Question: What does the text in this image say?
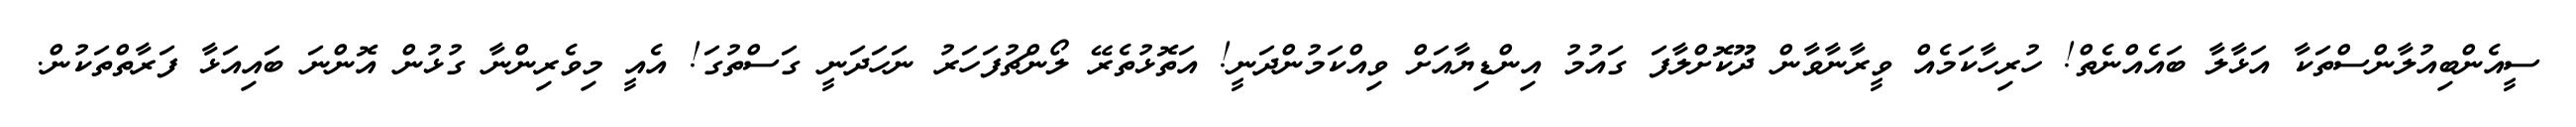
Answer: ސީއެންބިއުލާންސްތަކާ އަޅާލާ ބައެއްނެތް! ހުރިހާކަމެއް ވީރާނާވާން ދޫކޮށްލާފަ ގައުމު އިންޑިޔާއަށް ވިއްކަމުންދަނީ! އަތޮޅުތެރޭ ލޯންޗުފަހަރު ނަހަދަނީ ގަސްތުގަ! އެއީ މިވެރިންނާ ގުޅުން އޮންނަ ބައިއަޅާ ފަރާތްތަކުން.